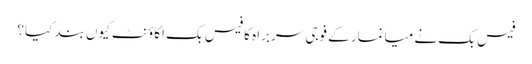
فیس بک نے میانمار کے فوجی سربراہ کا فیس بک اکاؤنٹ کیوں بند کیا؟